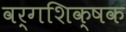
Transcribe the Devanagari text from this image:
वर्गशिक्षक